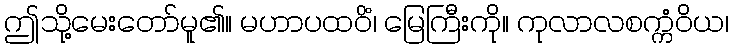
ဤသို့မေးတော်မူ၏။ မဟာပထဝိံ၊ မြေကြီးကို။ ကုလာလစက္ကံဝိယ၊